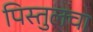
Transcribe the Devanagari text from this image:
पिस्तुलचा